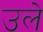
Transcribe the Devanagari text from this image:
उले